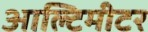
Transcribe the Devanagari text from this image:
आल्टिमीटर